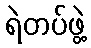
ရဲတပ်ဖွဲ့